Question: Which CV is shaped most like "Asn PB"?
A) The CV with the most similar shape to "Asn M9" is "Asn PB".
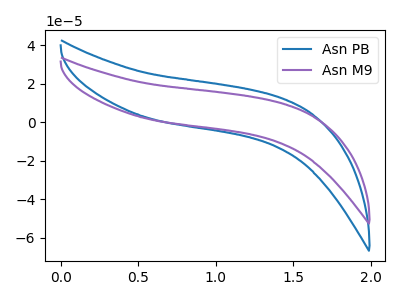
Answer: <think>The blue curve "Asn PB" has no peaks. The purple curve "Asn M9" has no peaks.
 Neither "Asn PB" or "Asn M9" have any peaks.</think>
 <answer>A) The CV with the most similar shape to "Asn M9" is "Asn PB".</answer>
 <eval>A</eval>